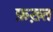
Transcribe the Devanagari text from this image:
फ़ख़्त